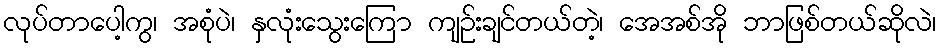
လုပ်တာပေါ့ကွ၊ အစုံပဲ၊ နှလုံးသွေးကြော ကျဉ်းချင်တယ်တဲ့၊ အေအစ်အို ဘာဖြစ်တယ်ဆိုလဲ၊